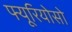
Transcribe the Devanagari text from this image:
फ्यूरियोसो